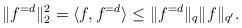
LaTeX: \begin{align*} \|f^{= d}\|_2^2 = \langle f, f^{= d }\rangle \le \|f^{= d}\|_{q}\|f\|_{q'}. \end{align*}